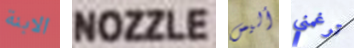
الابنة NOZZLE أليس ترغمني